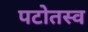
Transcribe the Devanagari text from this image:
पटोतस्व